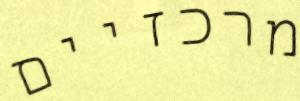
מרכזיים